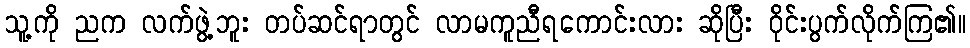
သူ့ကို ညက လက်ဖွဲ့ဘူး တပ်ဆင်ရာတွင် လာမကူညီရကောင်းလား ဆိုပြီး ဝိုင်းပွက်လိုက်ကြ၏။